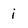
Character: i